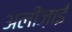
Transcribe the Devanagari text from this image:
अलीज़ाई